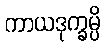
ကာယဒုက္ခမ္ပိ